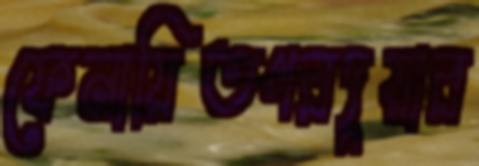
ফেনায়িতগরদুয়ার